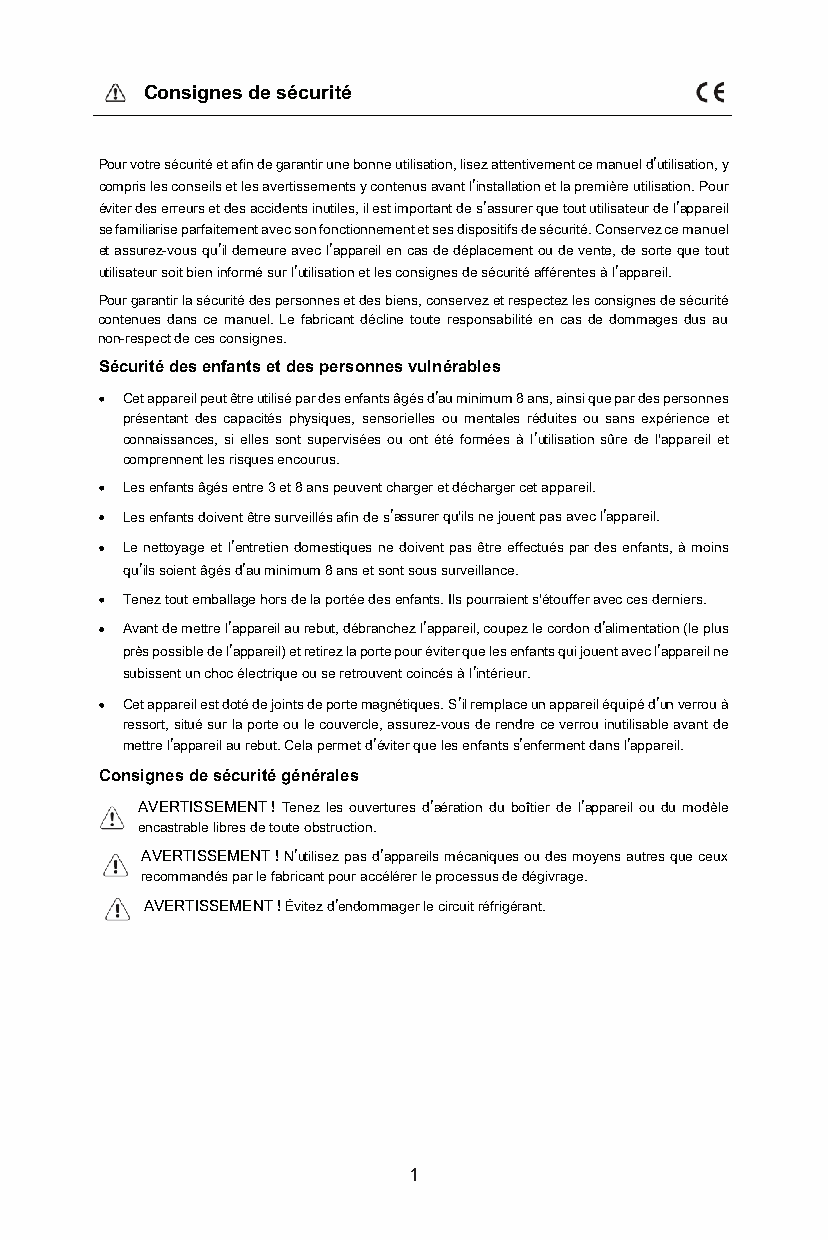
Consignes de sécurité
 Pour votre sécurité et afin de garantir une bonne utilisation, lisez attentivement ce manuel d’utilisation, y
 compris les conseils et les avertissements y contenus avantl’installation et la première utilisation. Pour
 éviter des erreurs et des accidents inutiles, il est important de s’assurer que tout utilisateur de l’appareil
 se familiarise parfaitement avec son fonctionnement et ses dispositifs de sécurité. Conservez cemanuel
 et assurez-vous qu’il demeure avec l’appareil en cas de déplacement ou de vente, de sorte que tout
 utilisateur soit bien informé sur l’utilisation et les consignes de sécurité afférentes à l’appareil.
 Pour garantir la sécurité des personnes et des biens, conservez et respectez les consignes de sécurité
 contenues dans ce manuel. Le fabricant décline toute responsabilité en cas de dommages dus au
 non-respect de ces consignes.
 Sécurité des enfants et des personnes vulnérables
 Cet appareil peut être utilisé par des enfants âgés d’au minimum 8ans, ainsi que par des personnes
 présentant des capacités physiques, sensorielles ou mentales réduites ou sans expérience et
 connaissances, si elles sont supervisées ou ont été formées à l’utilisation sûre de l'appareil et
 comprennent les risques encourus.
 Les enfants âgés entre 3 et 8ans peuvent charger et décharger cet appareil.
 Les enfants doivent être surveillés afin de s’assurer qu'ils ne jouent pas avec l’appareil.
 Le nettoyage et l’entretien domestiques ne doivent pas être effectués par des enfants, à moins
 qu’ils soient âgés d’au minimum 8ans et sont sous surveillance.
 Tenez tout emballage hors de la portée des enfants. Ils pourraient s'étouffer avec ces derniers.
 Avant de mettre l’appareil au rebut, débranchez l’appareil, coupez le cordon d’alimentation (le plus
 près possible de l’appareil) et retirez la porte pour éviter que les enfants qui jouent avec l’appareil ne
 subissent un choc électrique ou se retrouvent coincés à l’intérieur.
 Cet appareil est doté de joints de porte magnétiques. S’il remplace un appareil équipé d’un verrou à
 ressort, situé sur la porte ou le couvercle, assurez-vous de rendre ce verrou inutilisable avant de
 mettre l’appareil au rebut. Cela permet d’éviter que les enfants s’enferment dans l’appareil.
 Consignes de sécurité générales
 AVERTISSEMENT !Tenez les ouvertures d’aération du boîtier de l’appareil ou du modèle
 encastrable libres de toute obstruction.
 AVERTISSEMENT !N’utilisez pas d’appareils mécaniques ou des moyens autres queceux
 recommandés par le fabricant pour accélérer le processus de dégivrage.
 AVERTISSEMENT !Évitez d’endommager le circuit réfrigérant.
 1